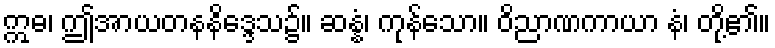
ဣဓ၊ ဤအာယတနနိဒ္ဒေသ၌။ ဆန္နံ၊ ကုန်သော။ ဝိညာဏကာယာ နံ၊ တို့၏။